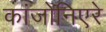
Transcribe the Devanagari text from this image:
कांजोनिएरे